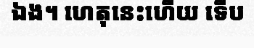
ឯង។ ហេតុនេះហើយ ទើប